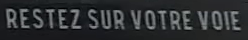
RESTEZ SUR VOTRE VOIE